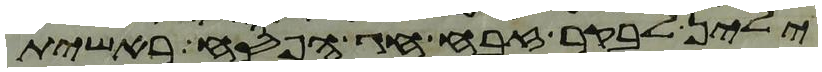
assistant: ילין לבקר זבח חג הפסח ראשית